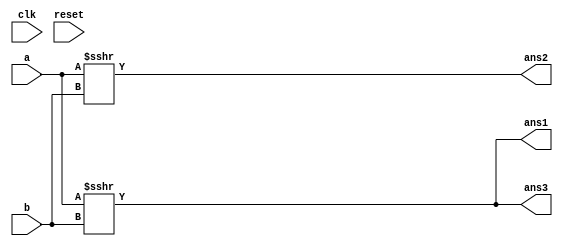
`timescale 1ns / 1ps
//////////////////////////////////////////////////////////////////////////////////
// Company: 
// Engineer: 
// 
// Design Name: 
// Module Name:    signed_verified2 
// Project Name: 
// Target Devices: 
// Tool versions: 
// Description: 
//
// Dependencies: 
//
// Revision: 
// Revision 0.01 - File Created
// Additional Comments: 
//
//////////////////////////////////////////////////////////////////////////////////
module signed_verified2(
   input clk,
	input reset,
	input [3:0] a,
	input [3:0] b,
	output [3:0] ans1,
	output [3:0] ans2,
	output [3:0] ans3
    );
	 assign ans1 = (1'b1==1'b1) ? a>>>b : 0;
	 assign ans2 = (1'b1==1'b1) ? $signed(a)>>>b : 0;
	 assign ans3 = (1'b1==1'b1) ? $signed(a)>>>b : 4'b0;

endmodule